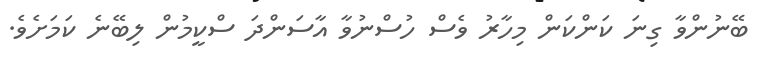
ބޭނުންވާ ގިނަ ކަންކަން މިހާރު ވެސް ހުސްނުވާ އާސަންދަ ސްކީމުން ލިބޭނެ ކަމަށެވެ.